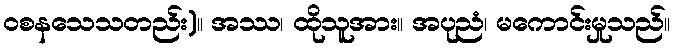
ဝစနသေသတည်း)။ အဿ၊ ထိုသူအား။ အပုညံ၊ မကောင်းမှုသည်။